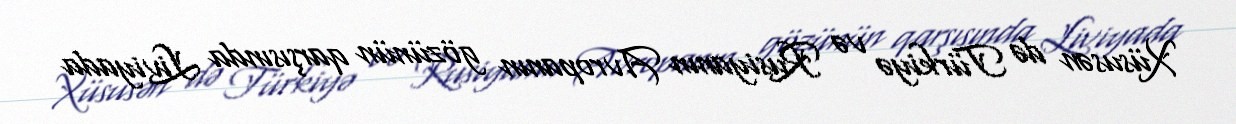
Xüsusən də Türkiyə və Rusiyanın Avropanın gözünün qarşısında Liviyada